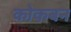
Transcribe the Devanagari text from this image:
कोकबन